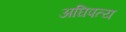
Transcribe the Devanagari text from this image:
अघिपत्य